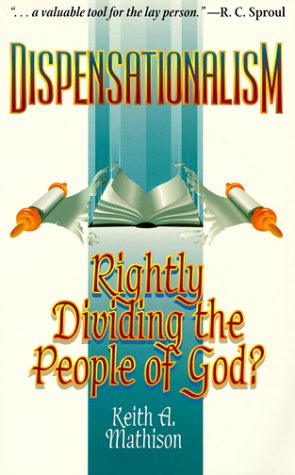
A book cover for Dispensationalism: Rightly Dividing the People of God?; Keith A. Mathison; Christian Books & Bibles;